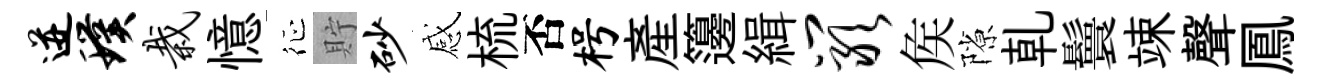
迸璞栽憶征貯砂感梳否枵産籩緝岩矦隙乹鬟竦聲鳳